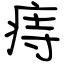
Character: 痔